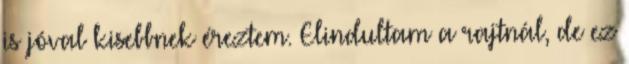
is jóval kisebbnek éreztem. Elindultam a rajtnál, de ez